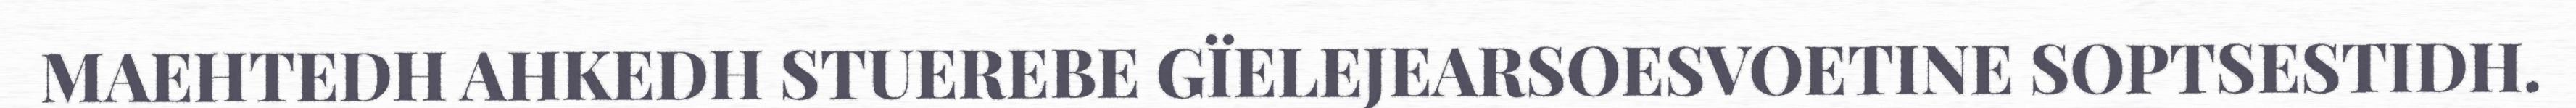
MAEHTEDH AHKEDH STUEREBE GÏELEJEARSOESVOETINE SOPTSESTIDH.